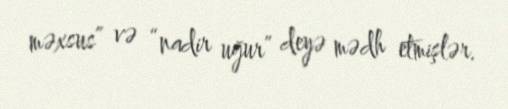
məxsus” və “nadir uğur” deyə mədh etmişlər.